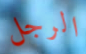
الرجل